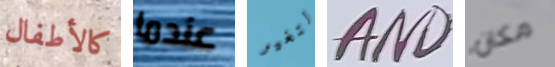
كالأطفال عندما لتغير AND مكان